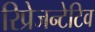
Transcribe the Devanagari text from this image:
रिप्रेजन्टेटिव